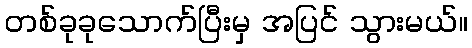
တစ်ခုခုသောက်ပြီးမှ အပြင် သွားမယ်။